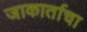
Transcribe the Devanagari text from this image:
जाकार्ताचा